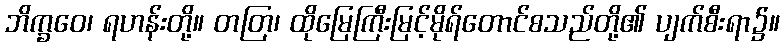
ဘိက္ခဝေ၊ ရဟန်းတို့။ တတြ၊ ထိုမြေကြီးမြင့်မိုရ်တောင်စသည်တို့၏ ပျက်စီးရာ၌။